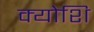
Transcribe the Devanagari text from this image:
क्योशि